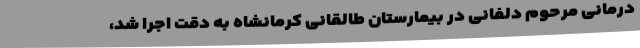
درمانی مرحوم دلفانی در بیمارستان طالقانی کرمانشاه به دقت اجرا شد،